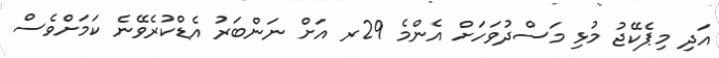
އަދި މިޕެކޭޖު މުޅި މަސްދުވަހަށް އެންމެ 29ރ އަށް ނަންބަރު އެޑްކުރެވޭނެ ކަމަށްވެސް